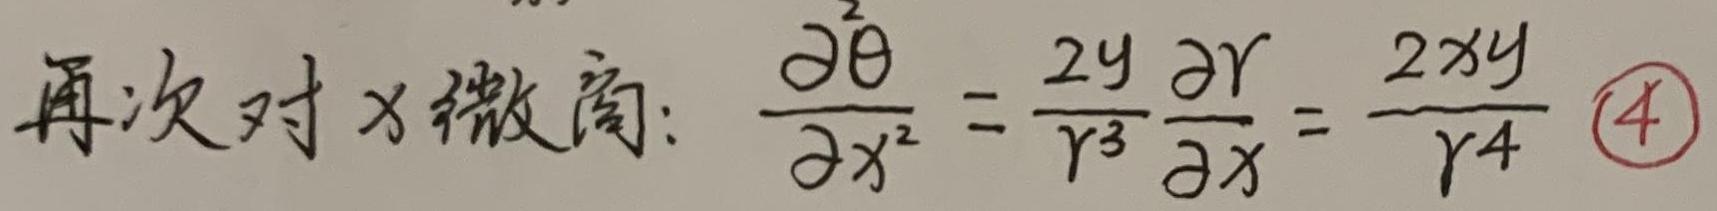
再次对$x$微商: $\frac{\partial^{2} \theta}{\partial x^{2}}=\frac{2y}{r^{3}} \frac{\partial r}{\partial x}=\frac{2xy}{r^{4}}$ \textcircled{4}